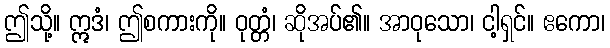
ဤသို့။ ဣဒံ၊ ဤစကားကို။ ဝုတ္တံ၊ ဆိုအပ်၏။ အာဝုသော၊ ငါ့ရှင်။ ဧကော၊